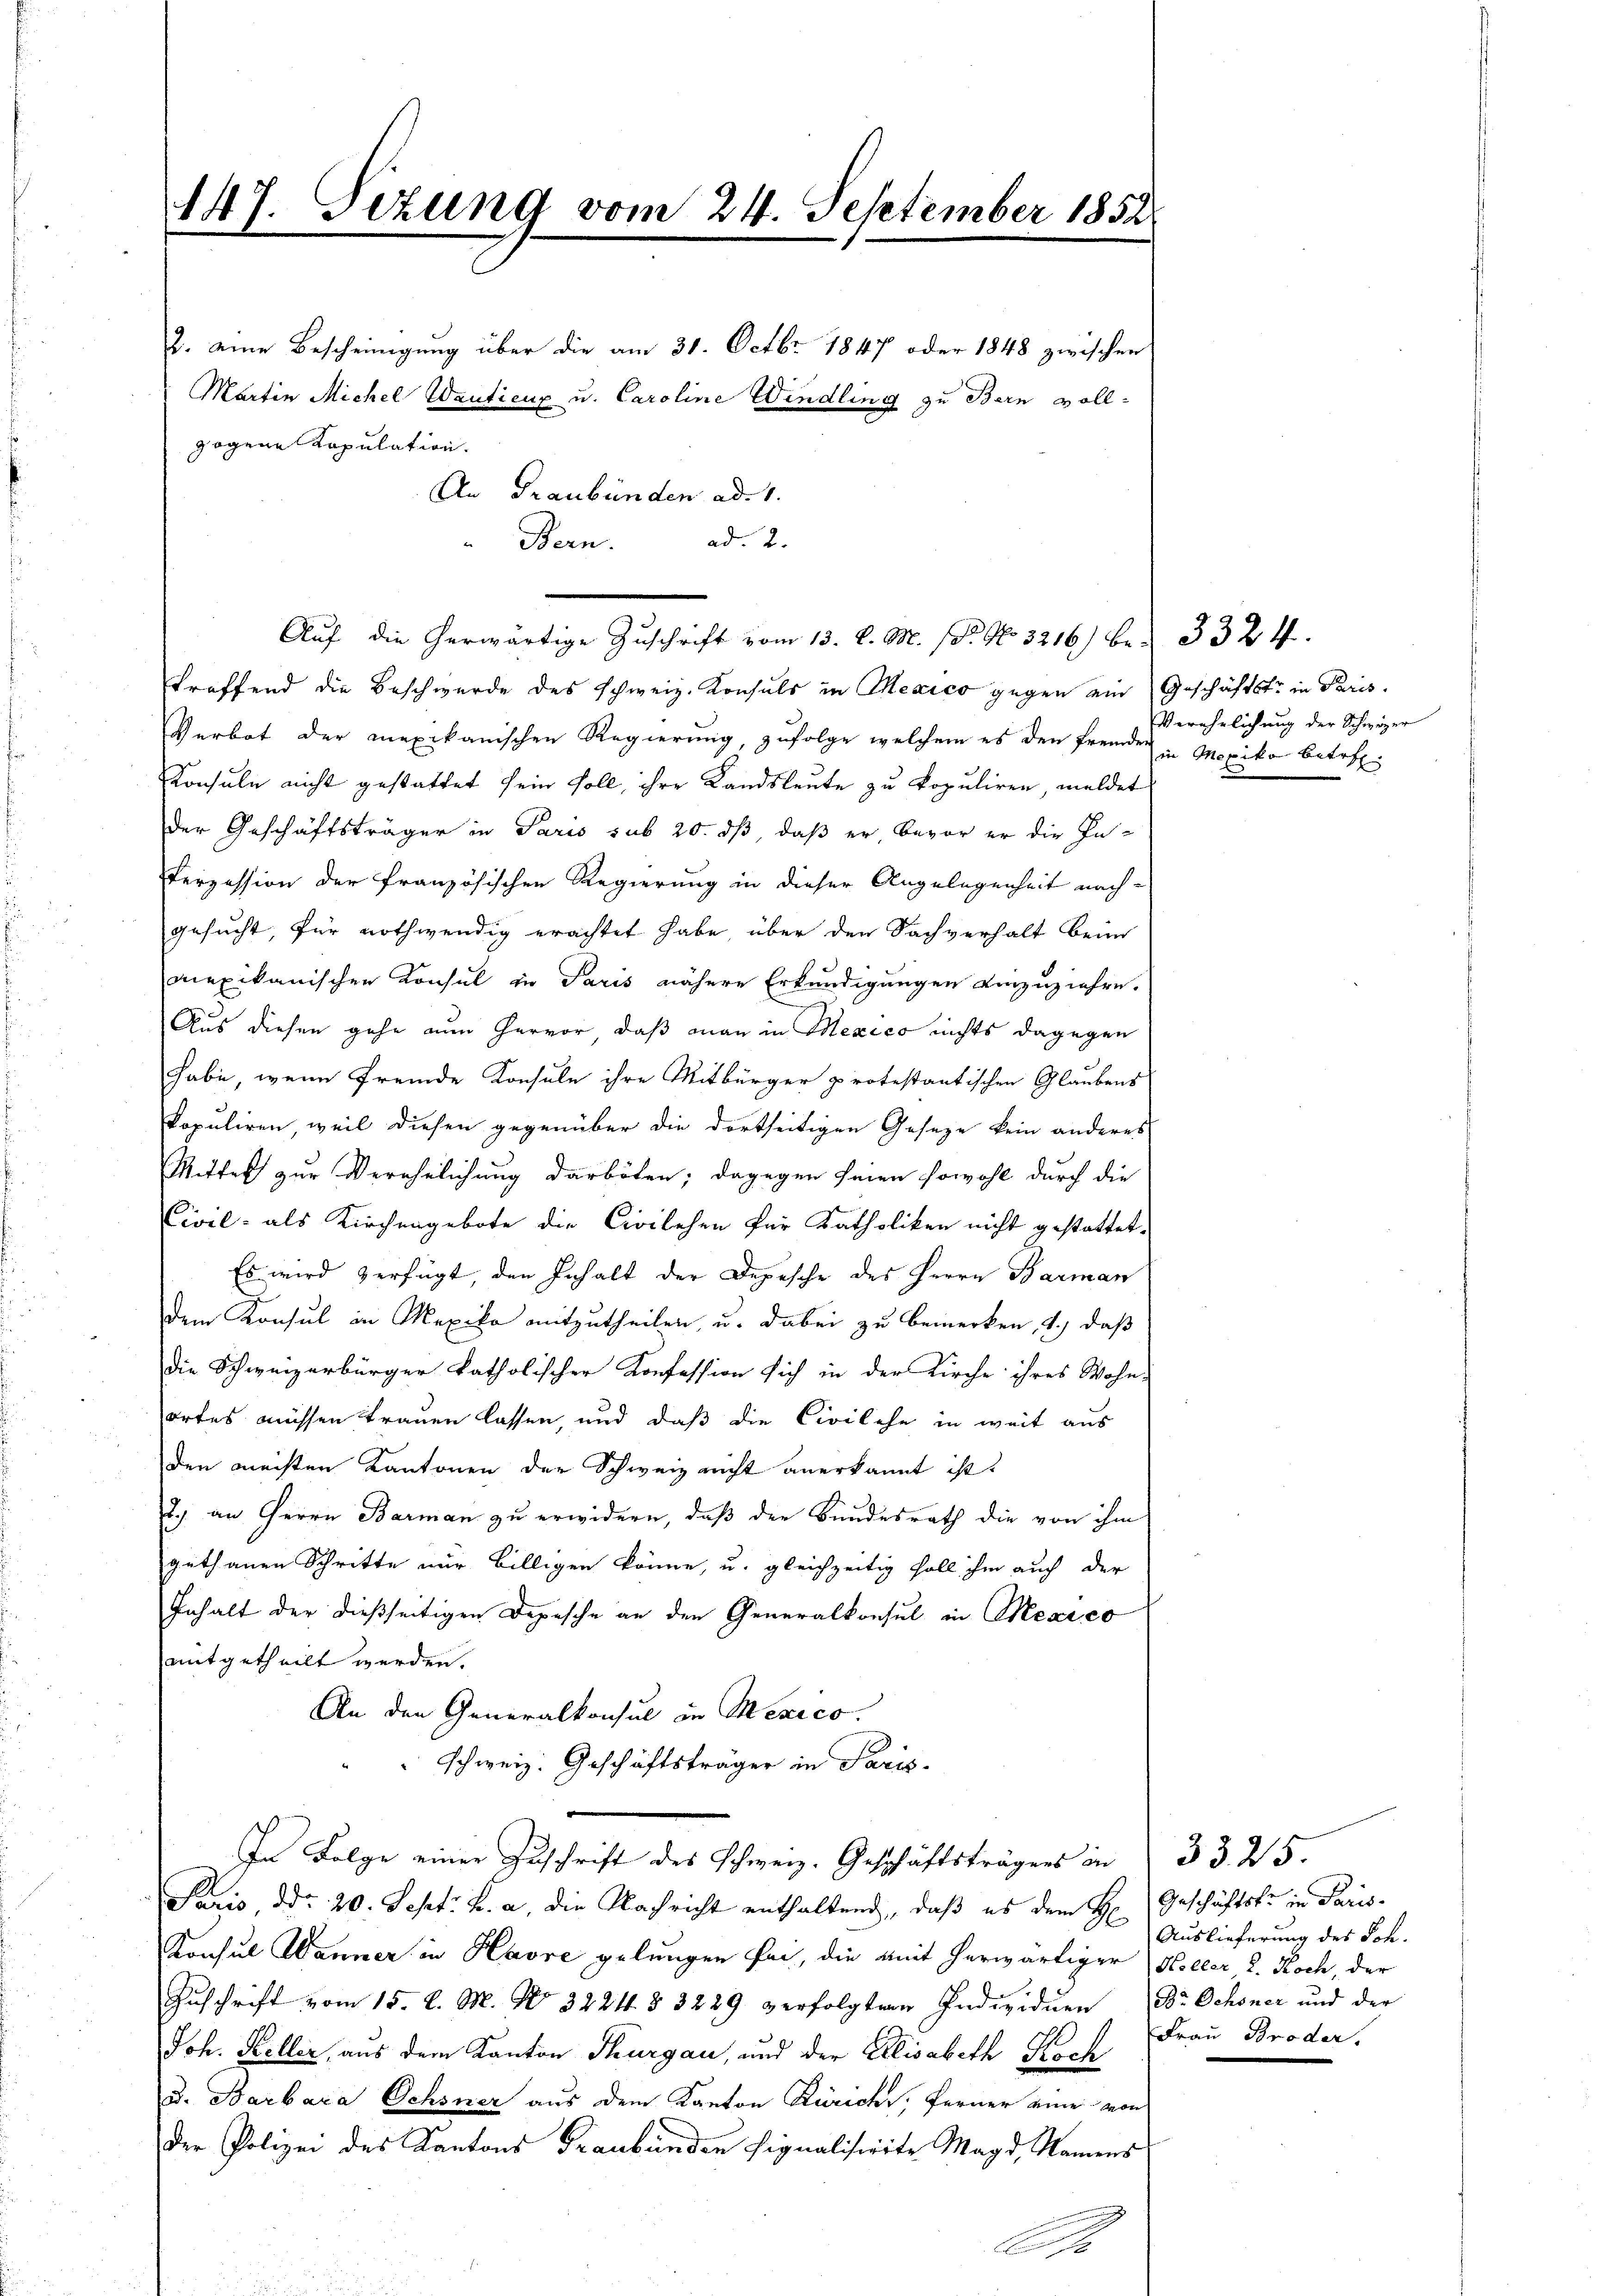
147. Sizung vom 24. September 1852

troffend die Beschwerde des schweiz. Konsuls in Mexico gegen ein Geschäftstr. in Paris
Verbot der mexikanischen Regierung, zufolge welchem es den fremde in Mexiko betref
Konsuln nicht gestattet sein soll, ihre Landsleute zu kopuliren, meldet
der Geschäftsträger in Paris sub 20. ds, daß er, bevor er die In-
Verzession der französischen Regierung in dieser Angelegenheit nach-
gesucht, für nothwendig erachtet habe, über den Sachverhalt beim
mexikanischen Konsul in Paris nähere Erkundigungen einzuziehre.
Aus diesen gehe nun hervor, daß man in Mexico nichts dagegen
habe, wenn fremde Konsule ihre Mitbürger protestantischen Glaubens
Dopuliren, weil diesen gegenüber die dortseitigen Geseze kein anderes
Mittels zur Verehelichung darboten; dagegen seien sowohl durch die
Civil- als Kirchengebote die Civilehen für Katholiken nicht gestattet,
Es wird verfügt, den Inhalt der Depesche des Herrn Barman
dem Konsul in Mexiko mitzutheilen, u. dabei zu bemerken, 1.) daß
die Schweizerbürger katholischer Konfession sich in der Kirche ihres Wohn-
ortes müssen trauen lassen, und daß die Civilehe in weit aus
den machten Kantonen der Schweiz nicht anerkannt ist.
2) an Herrn Barman zu erwidern, daß der Bundesrath die von ihm
gethanen Schritte nur billigen könne, u. gleichzeitig soll ihm auch der
Inhalt der dießseitigen Depesche an den Generalkonsul in Mexico
mitgetheilt werden.
An den Generalkonsul in Mexico.
schweiz. Geschäftsträger in Paris
In Folge einer Zuschrift des Schweiz. Geschäftsträgers in 33. 25.
Paris, ddo 20. Sept. v. a., die Nachricht enthaltend, daß es dem H. Geschäftsfr. in Paris¬
Konsul Wanner in Havre gelungen sei, die mit herwärtiger Koller 2. Koch, der
Zuschrift vom 15. d. M. No. 3224. § 3229 verfolgten Individuen Dr. Ochsner und der
Joh. Keller, aus dem Kanton Thurgau, und der Elisabeth Koch
u. Barbara Ochsner aus dem Kanton Zürich, ferner eine von
der Polizei des Kantons Graubünden signalisierte Magd, Namens

gogene Kopulation.

2. eine Bescheinigung über die am 31. Octbr. 1847 oder 1848 zwischen
Martin Michel Wanticux u. Caroline Windling zu Bern voll-
An Graubünden ad 1.

ad. 2.
Bern.
Auf die herwärtige Zuschrift vom 13. d. M. (T. No. 3216) bei 332 ff.

A

Verehelichung der Schwyzer

Auslieferung des Joh.
Frau Broder.